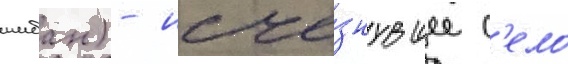
шибан) - исче́знувшее с'ело